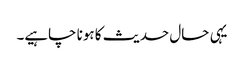
یہی حال حدیث کا ہونا چاہیے۔